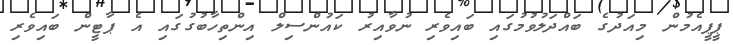
ޕީޕީއެމުން މިއަދުގެ ބައްދަލުވުމުގައި ބައިވެރި ނުވާއިރު ކައުންސިލް އިންތިހާބުގުގައި އެ ޕާޓީން ބައިވެރި